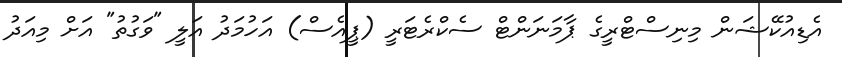
އެޑިއުކޭޝަން މިނިސްޓްރީގެ ޕާމަނަންޓް ސެކްރެޓަރީ (ޕީއެސް) އަހުމަދު އަލީ "ވަގުތު" އަށް މިއަދު